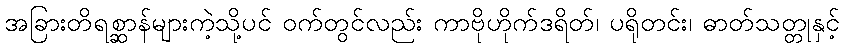
အခြားတိရစ္ဆာန်များကဲ့သို့ပင် ဝက်တွင်လည်း ကာဗိုဟိုက်ဒရိတ်၊ ပရိုတင်း၊ ဓာတ်သတ္တုနှင့်